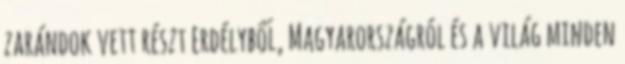
zarándok vett részt Erdélyből, Magyarországról és a világ minden